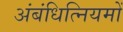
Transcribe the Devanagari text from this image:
अंबंधित्नियमों